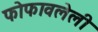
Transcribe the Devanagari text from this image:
फोफावलेली